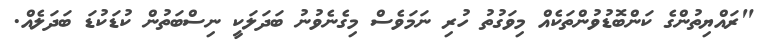
"ރައްޔިތުންގެ ކަންބޮޑުވުންތަކެއް މިވަގުތު ހުރި ނަމަވެސް މިގެނެވުނު ބަދަލަކީ ނިސްބަތުން ކުޑަކުޑަ ބަދަލެއް.